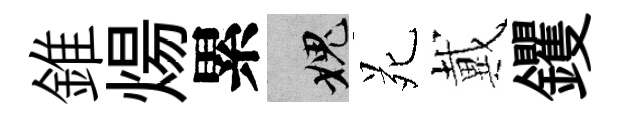
錐煬累愧苑戴钁